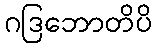
ဂဒြဘောတိပိ